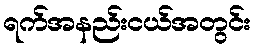
ရက်အနည်းငယ်အတွင်း